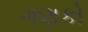
ગણકો